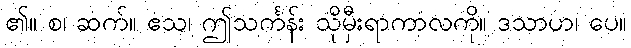
၏။ စ၊ ဆက်။ ဧသ၊ ဤသင်္ကန်း သိုမှီးရာကာလကို။ ဒသာဟ၊ ပေ။